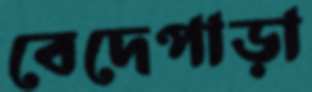
বেদেপাড়া